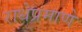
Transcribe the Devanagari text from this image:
राधेप्रमाणे